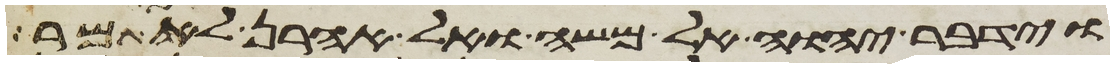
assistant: וידבר יהוה אל משה ואל אהרן לאמר